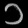
Digit: ၁